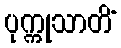
ပုက္ကုသာတိံ